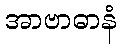
အာဗာဓာနံ